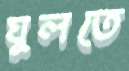
ঘুলতে